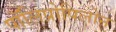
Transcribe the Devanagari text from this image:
पॉलिप्रोपिलोन